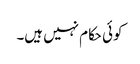
کوئی حکام نہیں ہیں۔